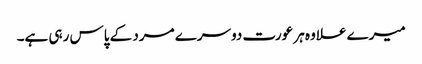
میرے علاوہ ہر عورت دوسرے مرد کے پاس رہی ہے۔